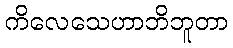
ကိလေသေဟာဘိဘူတာ